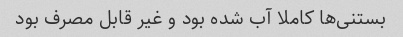
بستنی‌ها کاملا آب شده بود و غیر قابل مصرف بود